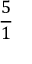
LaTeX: \frac { 5 } { 1 }